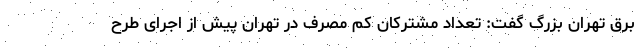
برق تهران بزرگ گفت: تعداد مشترکان کم مصرف در تهران پیش از اجرای طرح